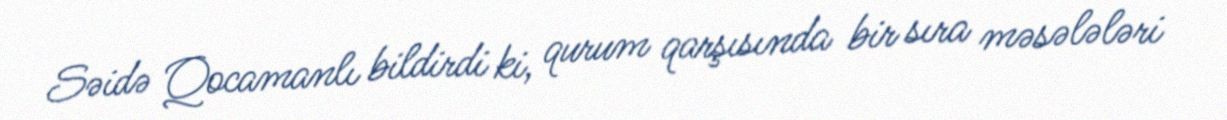
Səidə Qocamanlı bildirdi ki, qurum qarşısında bir sıra məsələləri